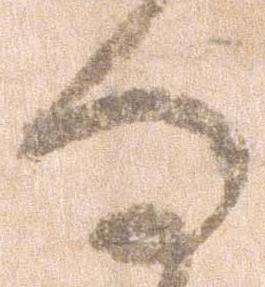
る